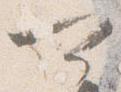
可